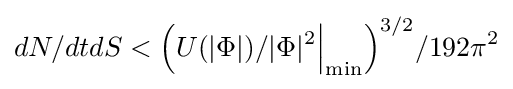
dN/dtdS<{\Big (}U(|\Phi |)/|\Phi |^{2}{\Big |}_{\min }{\Big )}^{3/2}/192\pi ^{2}